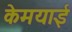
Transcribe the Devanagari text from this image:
केमयाई